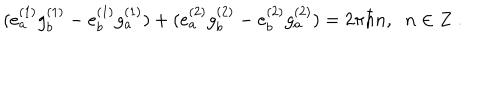
( e _ { a } ^ { ( 1 ) } g _ { b } ^ { ( 1 ) } - e _ { b } ^ { ( 1 ) } g _ { a } ^ { ( 1 ) } ) + ( e _ { a } ^ { ( 2 ) } g _ { b } ^ { ( 2 ) } - e _ { b } ^ { ( 2 ) } g _ { a } ^ { ( 2 ) } ) = 2 \pi \hbar n , \; \; n \in Z \; .